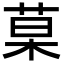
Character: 菒